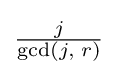
{\textstyle {\frac {j}{\gcd(j,\;r)}}}